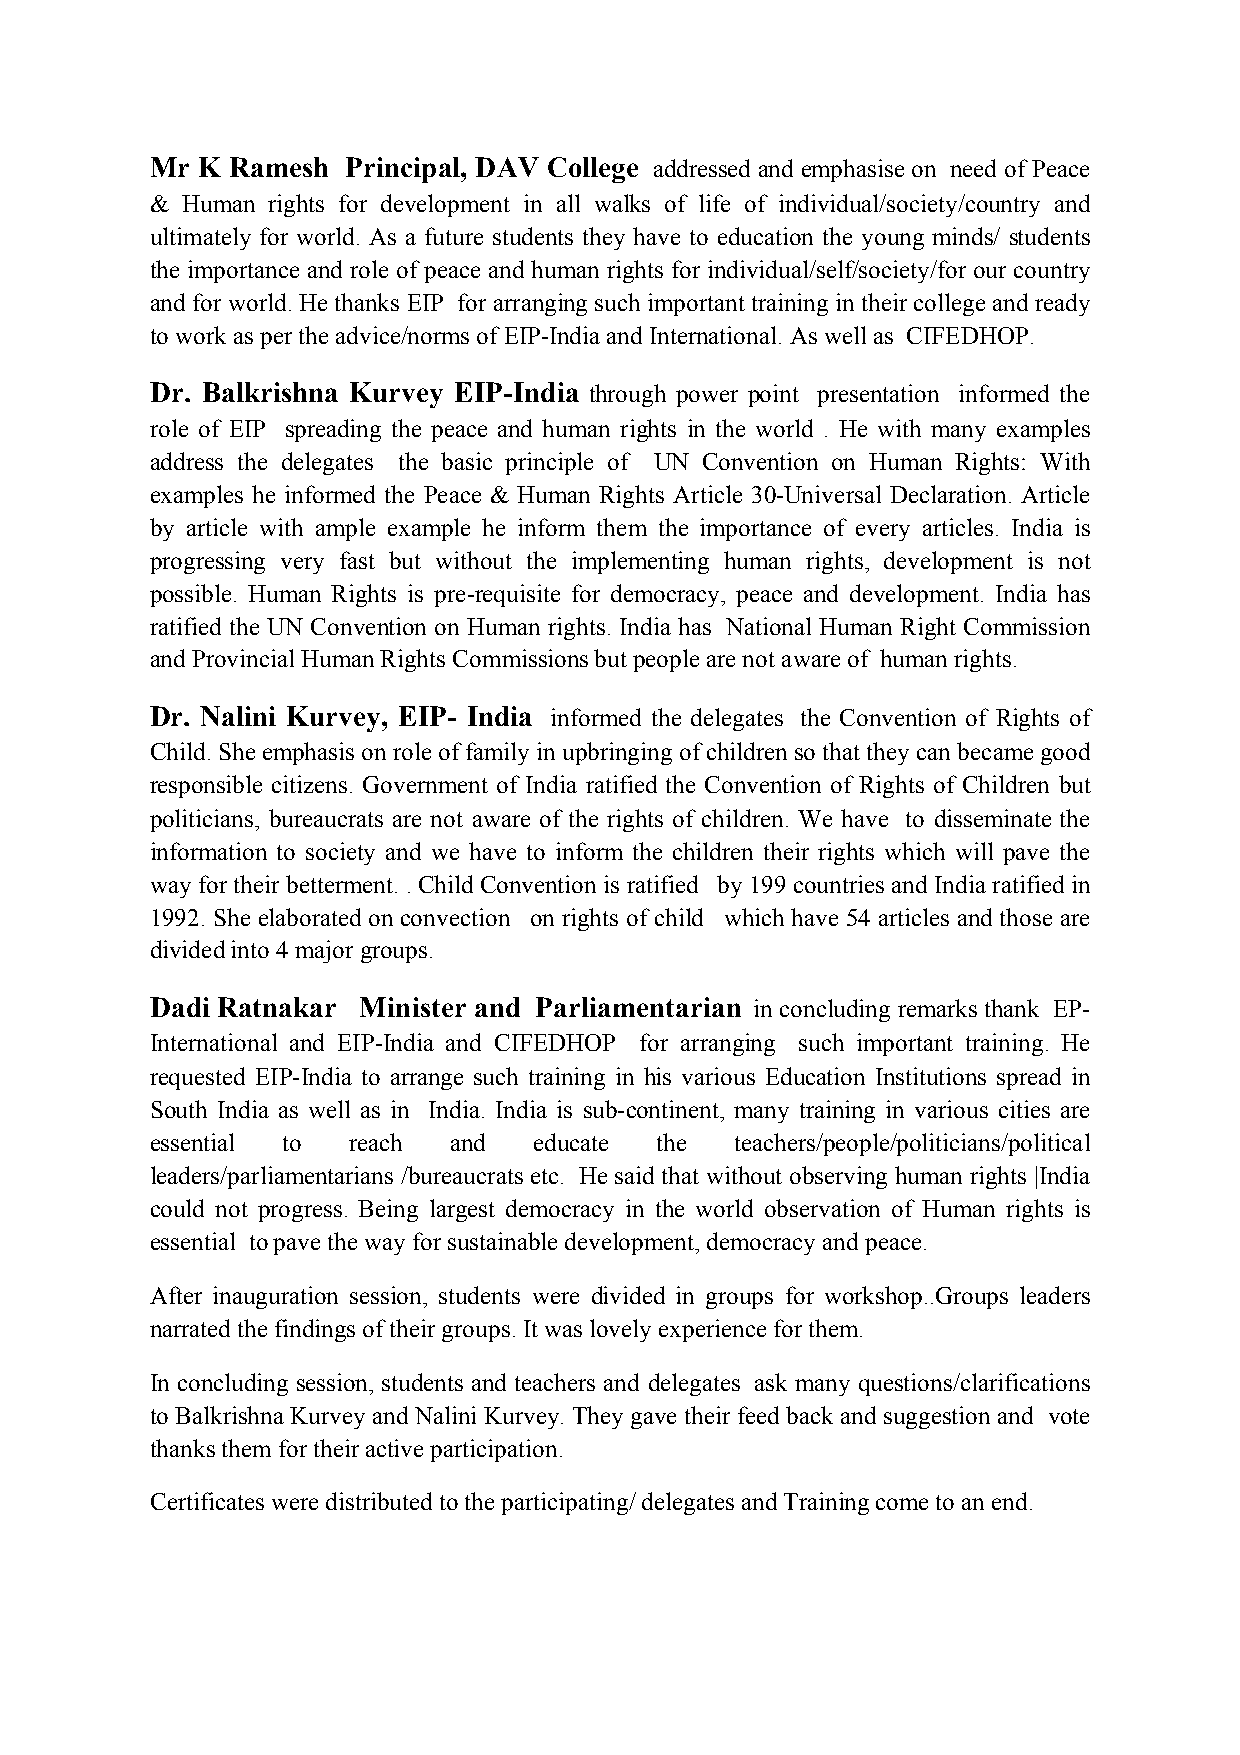
Mr K Ramesh  Principal, DAV College addressed and emphasise on need of Peace
 & Human rights for development in all walks of life of individual/society/country and
 ultimately for world. As a future students they have to education the young minds/ students
 the importance and role of peace and human rights for individual/self/society/for our country
 and for world. He thanks EIP for arranging such important training in their college and ready
 to work as per the advice/norms of EIP-India and International. As well as CIFEDHOP.
 Dr. Balkrishna Kurvey EIP-India through power point presentation informed the
 role of EIP spreading the peace and human rights in the world . He with many examples
 address the delegates the basic principle of UN Convention on Human Rights: With
 examples he informed the Peace & Human Rights Article 30-Universal Declaration. Article
 by article with ample example he inform them the importance of every articles. India is
 progressing very fast but without the implementing human rights, development is not
 possible. Human Rights is pre-requisite for democracy, peace and development. India has
 ratified the UN Convention on Human rights. India has National Human Right Commission
 and Provincial Human Rights Commissions but people are not aware of human rights.
 Dr. Nalini Kurvey, EIP- India informed the delegates the Convention of Rights of
 Child. She emphasis on role of family in upbringing of children so that they can became good
 responsible citizens. Government of India ratified the Convention of Rights of Children but
 politicians, bureaucrats are not aware of the rights of children. We have to disseminate the
 information to society and we have to inform the children their rights which will pave the
 way for their betterment. . Child Convention is ratified by 199 countries and India ratified in
 1992. She elaborated on convection on rights of child which have 54 articles and those are
 divided into 4 major groups.
 Dadi Ratnakar Minister and Parliamentarian in concluding remarks thank EP-
 International and EIP-India and CIFEDHOP for arranging such important training. He
 requested EIP-India to arrange such training in his various Education Institutions spread in
 South India as well as in India. India is sub-continent, many training in various cities are
 essential to reach  and  educate  the  teachers/people/politicians/political
 leaders/parliamentarians /bureaucrats etc. He said that without observing human rights |India
 could not progress. Being largest democracy in the world observation of Human rights is
 essential to pave the way for sustainable development, democracy and peace.
 After inauguration session, students were divided in groups for workshop..Groups leaders
 narrated the findings of their groups. It was lovely experience for them.
 In concluding session, students and teachers and delegates ask many questions/clarifications
 to Balkrishna Kurvey and Nalini Kurvey. They gave their feed back and suggestion and vote
 thanks them for their active participation.
 Certificates were distributed to the participating/ delegates and Training come to an end.